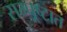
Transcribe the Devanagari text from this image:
सम्पूष्टात